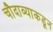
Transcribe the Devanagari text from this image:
चौदाव्याकडून